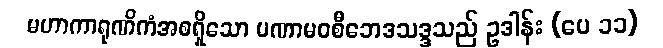
မဟာကာရုဏိကံအစရှိသော ပဏာမဝစီဘေဒသဒ္ဒသည် ဥဒါန်း (ပေ ၁၁)